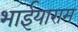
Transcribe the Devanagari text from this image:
भाईयाराम